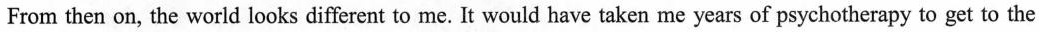
From then on, the world looks different to me. It would have taken me years of psychotherapy to get to the